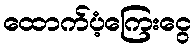
ထောက်ပံ့ကြေးငွေ